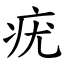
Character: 疣